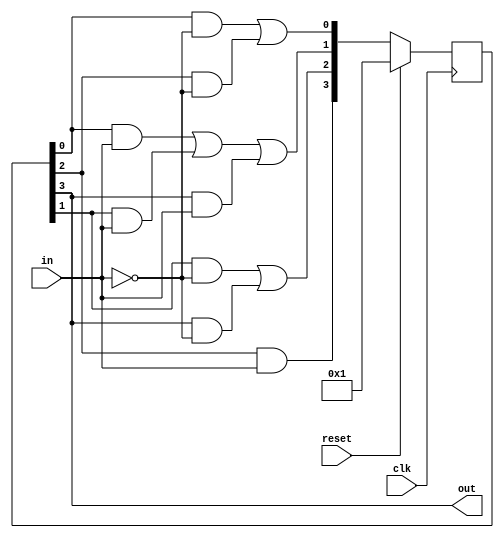
module top_module(
    input clk,
    input in,
    input reset,
    output out); 

    reg [3:0]y ,Y;
    parameter A = 0, B = 1, C = 2, D = 3;

    always@(in, y)begin
        Y[A] = (y[A] & ~in) | (y[C] & ~in);
        Y[B] = (y[A] & in) | (y[B] & in) | (y[D] & in);
        Y[C] = (y[B] & ~in) | (y[D] & ~in);
        Y[D] = y[C] & in;
    end

    always@(posedge clk)begin
        if(reset)
            y <= 4'b0001;
        else
            y <= Y;
    end

    assign out = y[D];


endmodule